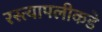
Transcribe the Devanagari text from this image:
रस्त्यापलीकडे